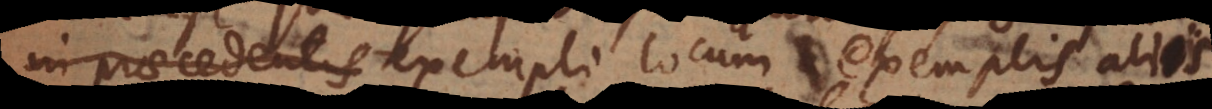
entis exempli locum exemplis aliis